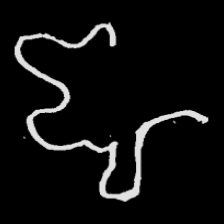
Pyu character \u2014 Myanmar letter: ဈ (romanized: jha)